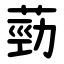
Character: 葝